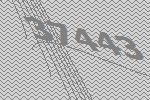
37443